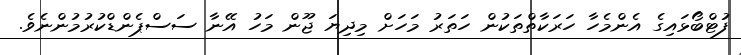
ފުޓްބޯޅައިގެ އެންމެހާ ހަރަކާތްތަކުން ހަތަރު މަހަށް މިދިޔަ ޖޫން މަހު އޭނާ ސަސްޕެންޑްކުރުމުންނެވެ.